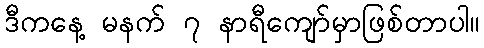
ဒီကနေ့ မနက် ၇ နာရီကျော်မှာဖြစ်တာပါ။